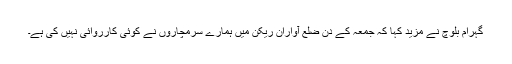
گہرام بلوچ نے مزید کہا کہ جمعہ کے دن ضلع آواران ریکن میں ہمارے سرمچاروں نے کوئی کارروائی نہیں کی ہے۔